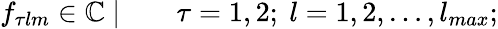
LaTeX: \begin{array}{rl}{f_{\tau lm}\in\mathbb{C}\ |\quad}&{{}\tau=1,2;\ l=1,2,\ldots,l_{max};}\end{array}